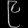
Digit: ၉